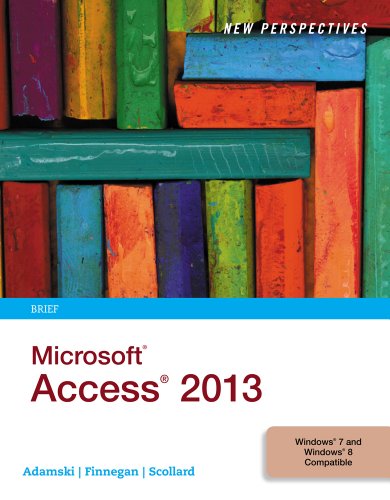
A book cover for New Perspectives on Microsoft Access 2013; Joseph J. Adamski; Computers & Technology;